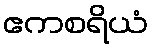
ဧကစရိယံ